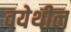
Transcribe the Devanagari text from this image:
वयेथील